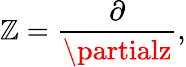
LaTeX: \mathbb{Z}={\frac{{\partial}}{{\partialz}}},